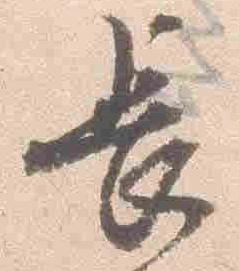
長